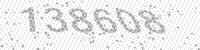
Solution: 138608